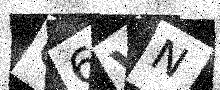
Text: C6VN